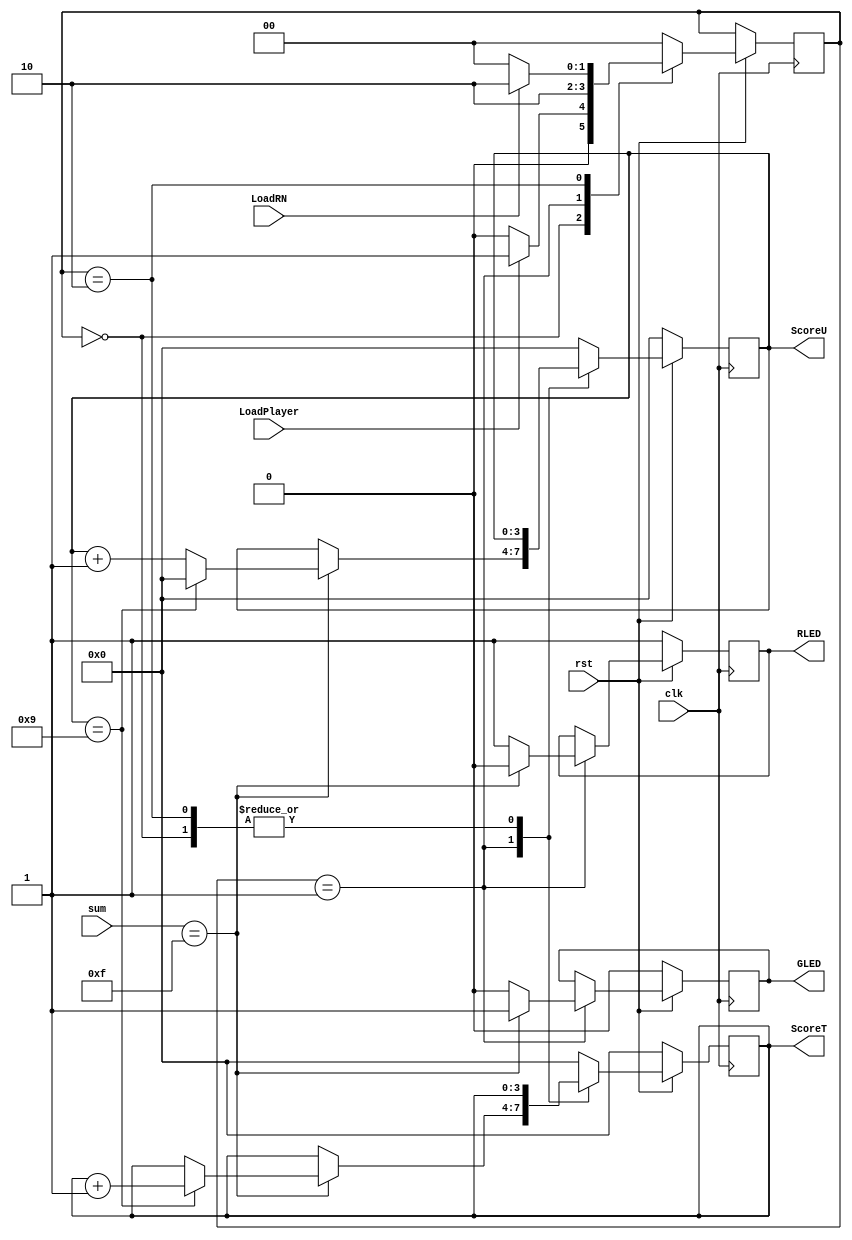
// Course Number: ECE 6370 
//Verification module
// This verifies and keeps score. 

module verification(clk, rst, sum, LoadRN, LoadPlayer,  ScoreT, ScoreU, GLED, RLED);

input clk, rst;
input LoadPlayer, LoadRN;
input[3:0] sum;
output  GLED, RLED;
output [3:0] ScoreT, ScoreU;

reg  GLED, RLED;
reg [3:0] ScoreT, ScoreU;

parameter WAIT = 2'b00, SCORE = 2'b01, NEXTRN = 2'b10;

reg[1:0] STATE;

always@(posedge clk) 
	begin		
	if(rst == 0)
		begin
		ScoreT <= 0;
		ScoreU <= 0;
		GLED<=0; RLED<=1;
		end
	else 
	   	begin
		case(STATE)
			WAIT: 
				begin
				if(LoadPlayer == 1)
					STATE <= SCORE;
				else
					STATE <= WAIT;
				end
			SCORE: 
				begin
				if( sum == 4'b1111 )
					begin
					GLED<=1; RLED<=0;
					if( ScoreU == 9)
						begin
						ScoreU <= 0;
						ScoreT <= ScoreT + 1'b1;
						end
					else
						begin
						ScoreU <= ScoreU + 1'b1;
						ScoreT <= ScoreT;
						end
					STATE <= NEXTRN;
					end
				else
					begin
					GLED<=0; RLED<=1;
					ScoreU <= ScoreU;
					ScoreT <= ScoreT;
					STATE <= NEXTRN;
					end
				end

			NEXTRN: 
				begin
				ScoreU <= ScoreU;
				ScoreT <= ScoreT;
				if(LoadRN == 0)
					STATE <= WAIT;
				else
					STATE <= NEXTRN;
				end
			default:
				begin
				ScoreT <= 0;
				ScoreU <= 0;
				STATE <= WAIT;
				end
			endcase				   					   									
	   		end
	  end

endmodule